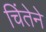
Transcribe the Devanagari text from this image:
चिंतेने